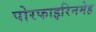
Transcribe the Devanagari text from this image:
पोरफाइरिनमेह